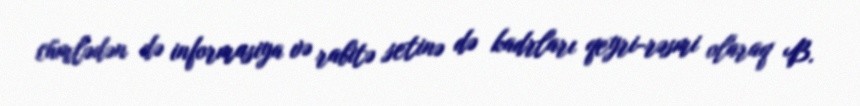
cümlədən də informasiya və rabitə setinə də kadrları qeyri-rəsmi olaraq B.